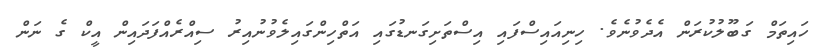
ހައިތަމް ގަބޫލުކުރަން އެދެވުނެވެ. ހިނިއައިސްފައި އިސްތަށިގަނޑުގައި އަތްހިންގައިލެވުނުއިރު ސިއްރެއްފަދައިން އީކް ގެ ނަން